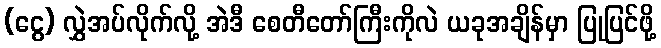
(ငွေ) လွှဲအပ်လိုက်လို့ အဲဒီ စေတီတော်ကြီးကိုလဲ ယခုအချိန်မှာ ပြုပြင်ဖို့